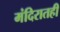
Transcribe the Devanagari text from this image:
मंदिरातही